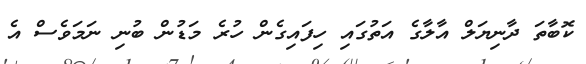
ކޮބާތަ ދާނިޔަލް އާލާގެ އަތުގައި ހިފައިގެން ހުރެ މަޑުން ބުނި ނަމަވެސް އެ